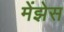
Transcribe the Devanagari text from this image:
मेंझेस